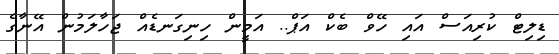
ޑިލިޓް ކުރިއަސް އައި ހޭވް ބެކް އަޕް.. އަމީން ހިނިގަނޑެއް ޖަހާލަމުން އޭނާގެ